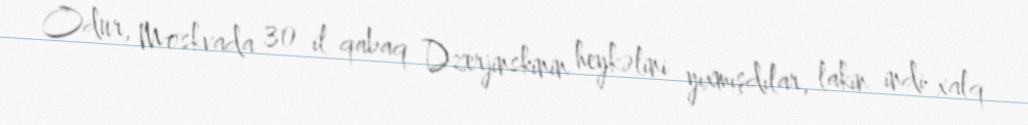
Odur, Moskvada 30 il qabaq Dzerjinskinin heykəlini yıxmışdılar, lakin indi xalq